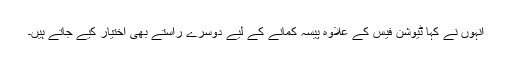
انہوں نے کہا ٹیوشن فیس کے علاوہ پیسہ کمانے کے لیے دوسرے راستے بھی اختیار کیے جاتے ہیں۔